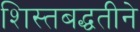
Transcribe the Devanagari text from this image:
शिस्तबद्धतीने